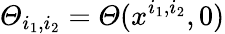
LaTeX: \varTheta_{i_{1},i_{2}}=\varTheta(x^{i_{1},i_{2}},0)